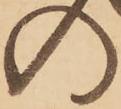
の